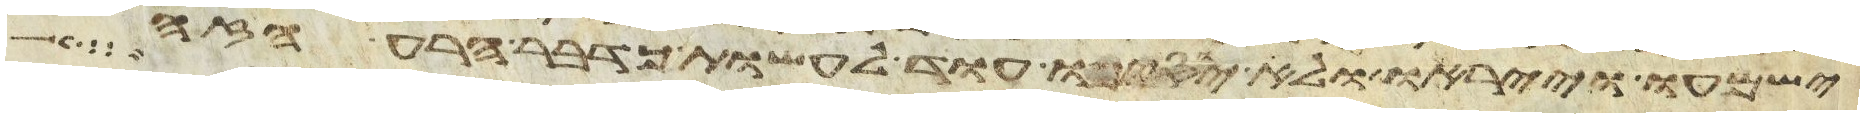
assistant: ישמעו וייראו ולא יוסיפו עוד לעשות כדבר הרע הזה